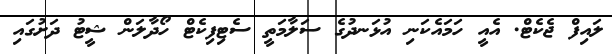
ލައިފް ޖެކެޓް. އެއީ ހަަމައެކަނި އުޅަނދުގެ ސަލާމަތީ ސެޓިފިކެޓް ހޯދާލަން ޝީޓު ދަށުގައި